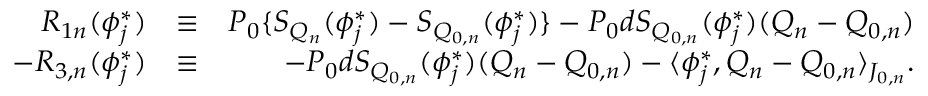
\begin{array} { r l r } { R _ { 1 n } ( { \phi } _ { j } ^ { * } ) } & { \equiv } & { P _ { 0 } \{ S _ { Q _ { n } } ( { \phi } _ { j } ^ { * } ) - S _ { Q _ { 0 , n } } ( { \phi } _ { j } ^ { * } ) \} - P _ { 0 } d S _ { Q _ { 0 , n } } ( \phi _ { j } ^ { * } ) ( Q _ { n } - Q _ { 0 , n } ) } \\ { - R _ { 3 , n } ( \phi _ { j } ^ { * } ) } & { \equiv } & { - P _ { 0 } d S _ { Q _ { 0 , n } } ( \phi _ { j } ^ { * } ) ( Q _ { n } - Q _ { 0 , n } ) - \langle \phi _ { j } ^ { * } , Q _ { n } - Q _ { 0 , n } \rangle _ { J _ { 0 , n } } . } \end{array}